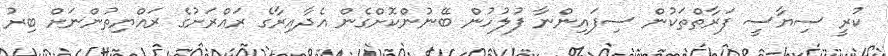
ކުރީ ސިޔާސީ ފަރާތްތަކުން ސިފައިންނާ ފުލުހުން ބޭނުންކޮށްގެން އެދާއިރާގެ ރައްރަށުގެ ރައްޔިތުންނަށް ބިރު